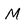
Character: M